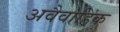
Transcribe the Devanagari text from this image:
अवैवाहिक